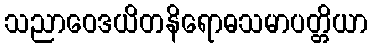
သညာဝေဒယိတနိရောဓသမာပတ္တိယာ